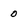
Character: 0